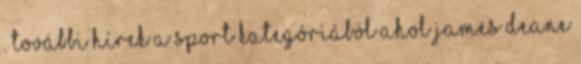
. További hírek a Sport kategóriából Ahol James Deane